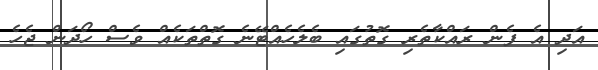
އަދި އެ ފެން ރައްކާތެރި ގޮތުގައި ބެލެހެއްޓޭނެ ގޮތްތަކެއް ވެސް ހޯދަން ޖެހެ